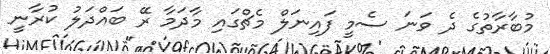
މުބާރާތުގެ ދެ ވަނަ ސެމީ ފައިނަލް މެޗްގައި މާދަމާ ރޭ ބައްދަލު ކުރާނީ